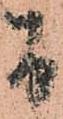
間